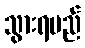
သွားရမည်